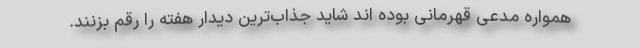
همواره مدعی قهرمانی بوده اند شاید جذاب‌ترین دیدار هفته را رقم بزنند.